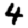
Digit: 4